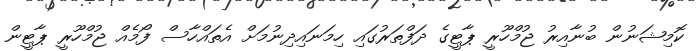
ކޮމިޝަނުން ބުނާއިރު ޖުމްހޫރީ ޕާޓީގެ ދަފްތަރުގައި ހިމަނައިދިނުމަށް އެތައްހާސް ފޯމެއް ޖުމްހޫރީ ޕާޓީން